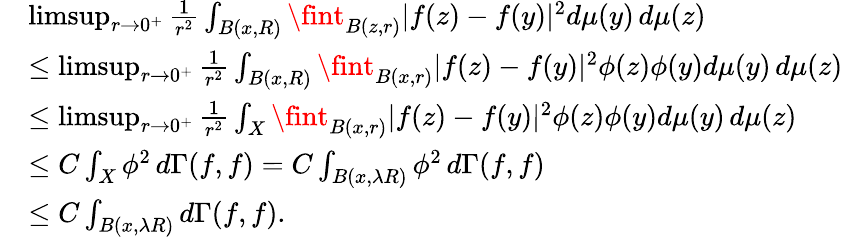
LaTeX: \begin{array}{rl}&{\operatorname*{limsup}_{r\to 0^{+}}\frac{1}{r^{2}}\int_{B(x,R)}\fint_{B(z,r)}|f(z)-f(y)|^{2}d\mu(y)\, d\mu(z)}\\ &{\leq\operatorname*{limsup}_{r\to 0^{+}}\frac{1}{r^{2}}\int_{B(x,R)}\fint_{B(x,r)}|f(z)-f(y)|^{2}\phi(z)\phi(y)d\mu(y)\, d\mu(z)}\\ &{\leq\operatorname*{limsup}_{r\to 0^{+}}\frac{1}{r^{2}}\int_{X}\fint_{B(x,r)}|f(z)-f(y)|^{2}\phi(z)\phi(y)d\mu(y)\, d\mu(z)}\\ &{\leq C\int_{X}\phi^{2}\, d\Gamma(f,f)=C\int_{B(x,\lambda R)}\phi^{2}\, d\Gamma(f,f)}\\ &{\leq C\int_{B(x,\lambda R)}d\Gamma(f,f).}\end{array}